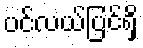
ပင်လယ်ပြင်ရှိ